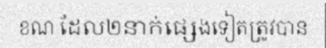
ខណៈដែល២នាក់ផ្សេងទៀតត្រូវបាន